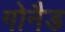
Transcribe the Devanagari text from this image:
गोनैड